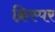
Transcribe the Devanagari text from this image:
क्रिस्पर